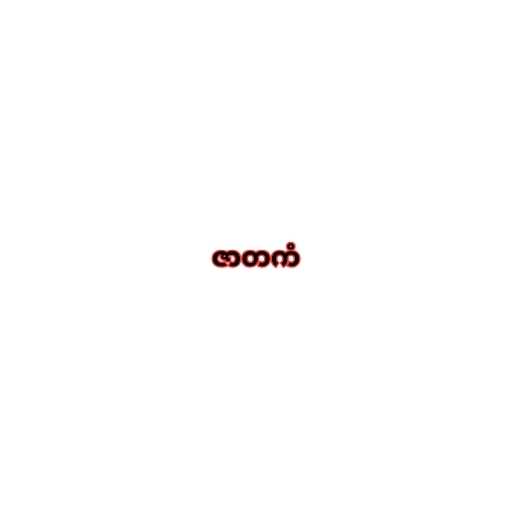
ဇာတကံ